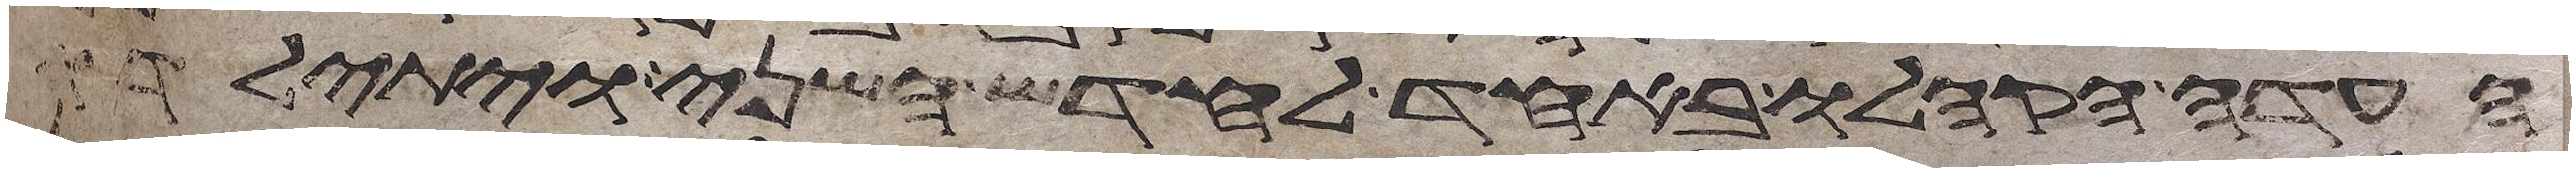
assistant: העדה הקהלו באחד לחדש השני ויתילדו